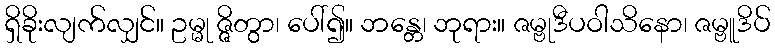
ရှိခိုးလျက်လျှင်။ ဥမ္မု ဇ္ဇိတွာ၊ ပေါ်၍။ ဘန္တေ၊ ဘုရား။ ဇမ္ဗုဒီပဝါသိနော၊ ဇမ္ဗူဒိပ်